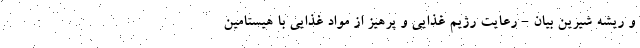
و ریشه شیرین بیان - رعایت رژیم غذایی و پرهیز از مواد غذایی با هیستامین